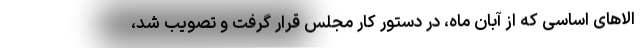
الاهای اساسی که از آبان ماه، در دستور کار مجلس قرار گرفت و تصویب شد،